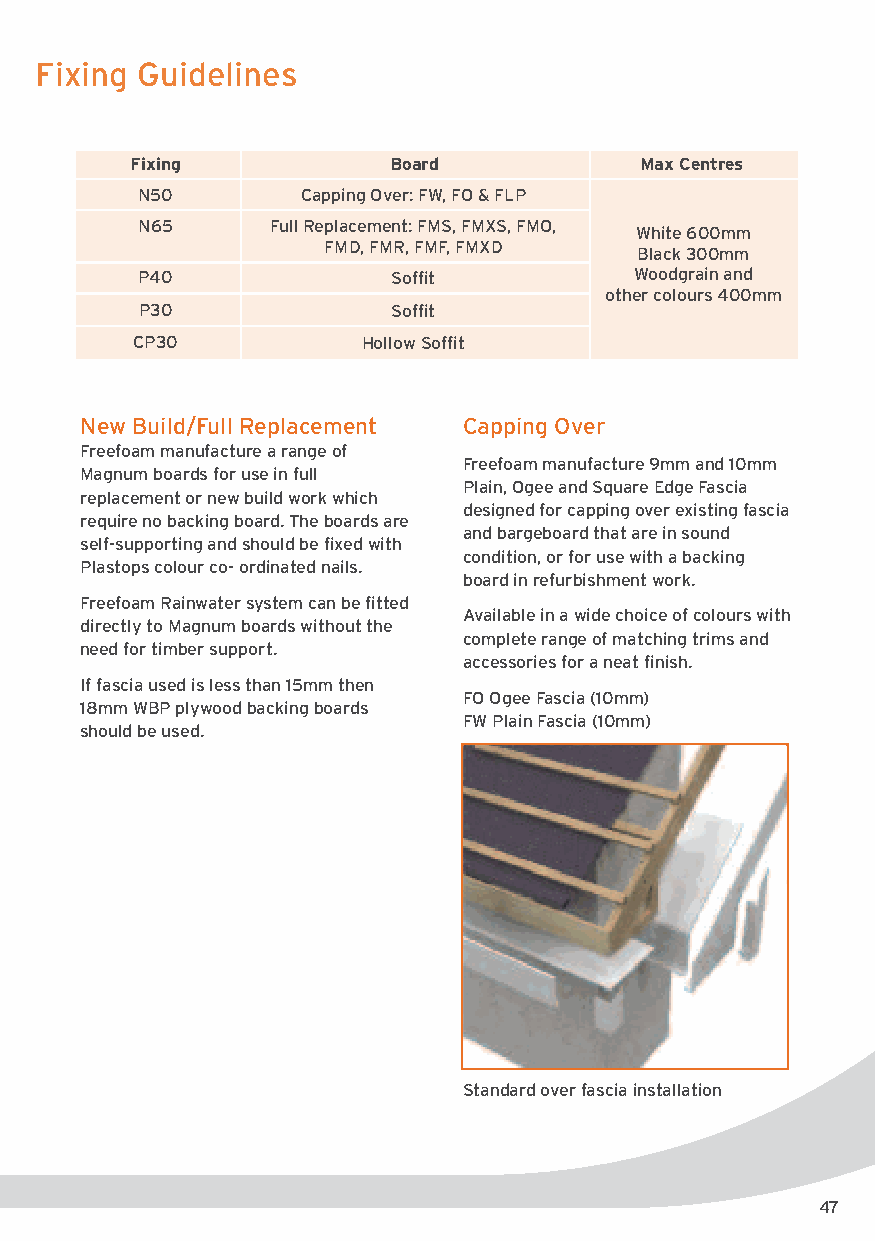
Fixing Guidelines
 Fixing           Board            Max Centres
 N50        Capping Over: FW, FO & FLP
 N65      Full Replacement: FMS, FMXS, FMO, White 600mm
 FMD, FMR, FMF, FMXD Black 300mm
 P40              Soffit          Woodgrain and
 other colours 400mm
 P30             Soffit
 CP30           Hollow Soffit
 New Build/Full Replacement Capping Over
 Freefoam manufacture a range of
 Freefoam manufacture 9mm and 10mm
 Magnum boards for use in full
 Plain, Ogee and Square Edge Fascia
 replacement or new build work which
 designed for capping over existing fascia
 require no backing board. The boards are
 and bargeboard that are in sound
 self-supporting and should be fixed with
 condition, or for use with a backing
 Plastops colour co- ordinated nails.
 board in refurbishment work.
 Freefoam Rainwater system can be fitted
 Available in a wide choice of colours with
 directly to Magnum boards without the
 complete range of matching trims and
 need for timber support.
 accessories for a neat finish.
 If fascia used is less than 15mm then
 FO Ogee Fascia (10mm)
 18mm WBP plywood backing boards
 FW Plain Fascia (10mm)
 should be used.
 Standard over fascia installation
 47